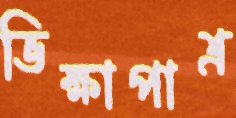
ভিক্ষাপাত্র